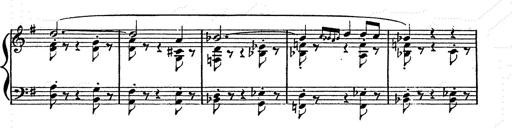
Title: Franz Schuberts geistliche Lieder
Composer: Franz Liszt